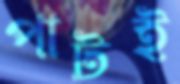
পাটই